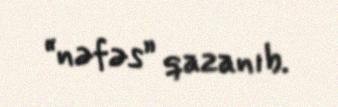
“nəfəs” qazanıb.